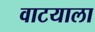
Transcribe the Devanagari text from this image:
वाटयाला